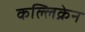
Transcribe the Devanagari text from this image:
कल्लिक्रेन